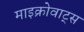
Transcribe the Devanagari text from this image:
माइक्रोवाट्स